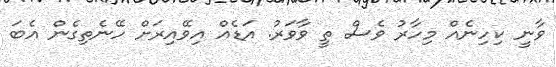
ވާނީ ކިހިނެއް މިހާރު ވެސް ތީ ވާވަރު. އަޑެއް އިވޭއިރަށް ހޭނެތިގެން އެބަ